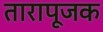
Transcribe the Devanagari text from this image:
तारापूजक